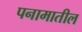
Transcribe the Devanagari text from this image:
पनामातील